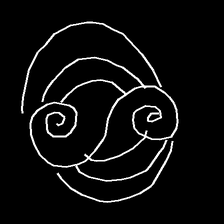
Glyph: wind-underfoot